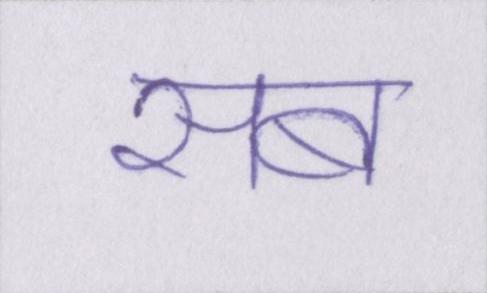
सब